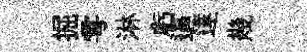
掘雩淋虧逼達幾